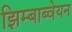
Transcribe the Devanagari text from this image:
झिम्बाब्वेयन